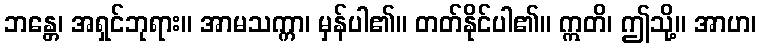
ဘန္တေ၊ အရှင်ဘုရား။ အာမသက္ကာ၊ မှန်ပါ၏။ တတ်နိုင်ပါ၏။ ဣတိ၊ ဤသို့။ အာဟ၊